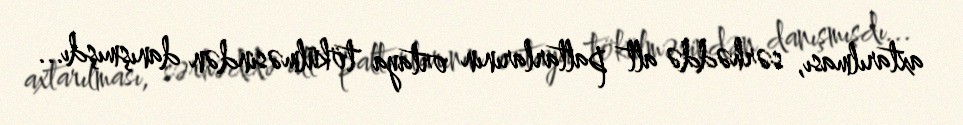
axtarılması, sərhəddə alt paltarlarının ortaya tökülməsindən danışmışdı...